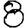
Digit: 8